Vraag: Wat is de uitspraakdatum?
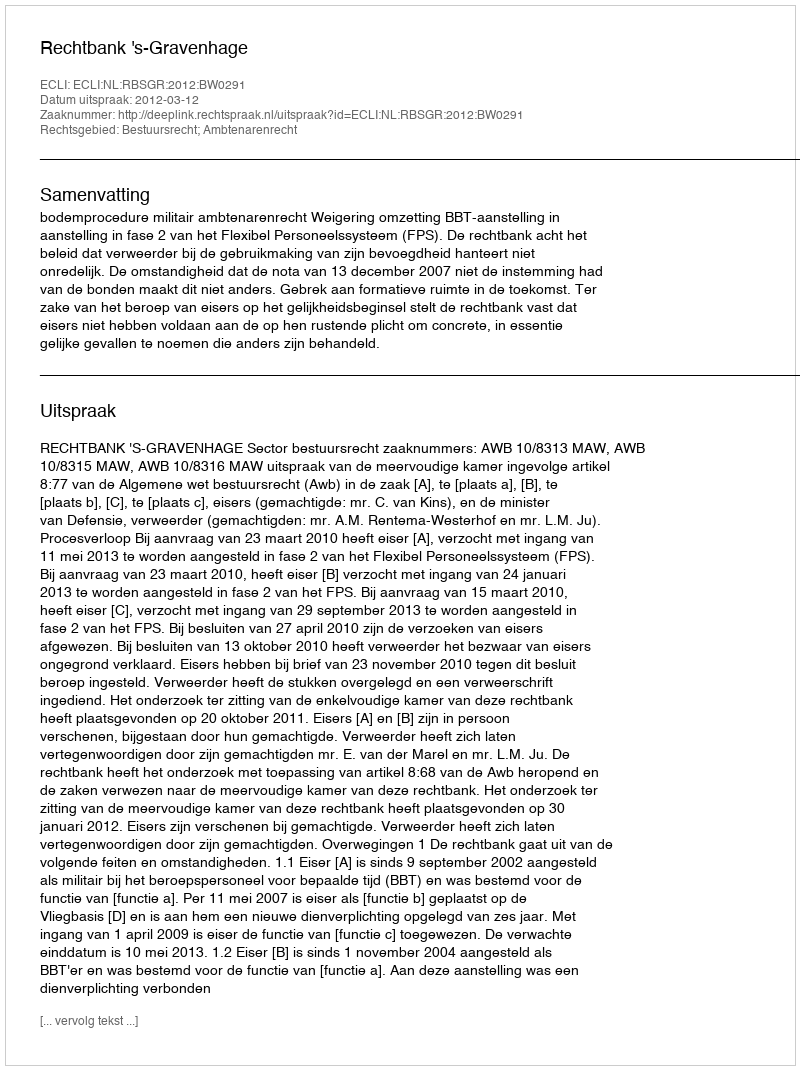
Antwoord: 2012-03-12